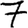
Digit: 7